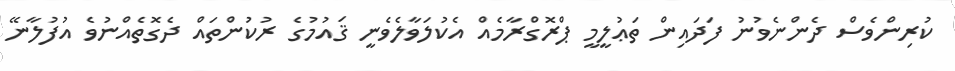
ކުރިންވެސް ދެންނެވުނު ފަދައިން ތަޢުލީމީ ޕްރޮގްރާމެއް އެކުލަވާލެވެނީ ޤައުމުގެ ރުކުންތައް ދެގޮތެއްނުވެ އުފުލާނޭ